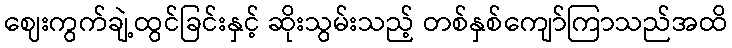
ဈေးကွက်ချဲ့ထွင်ခြင်းနှင့် ဆိုးသွမ်းသည့် တစ်နှစ်ကျော်ကြာသည်အထိ